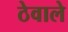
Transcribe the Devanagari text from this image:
ठेवाले